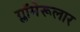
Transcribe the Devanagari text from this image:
ग्लॉमेरूलार